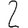
Digit: 2